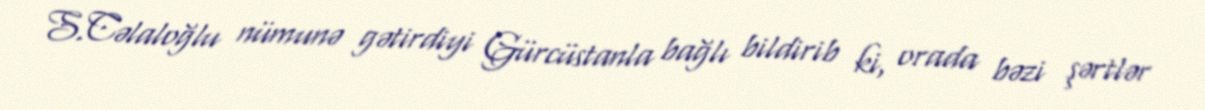
S.Cəlaloğlu nümunə gətirdiyi Gürcüstanla bağlı bildirib ki, orada bəzi şərtlər